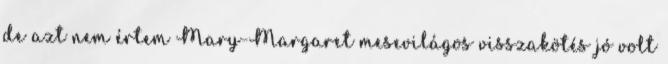
de azt nem értem Mary-Margaret mesevilágos visszakötés jó volt